Annual statistical returns and brief notes on vaccination in Bengal - 1887-1898
Year: 1887
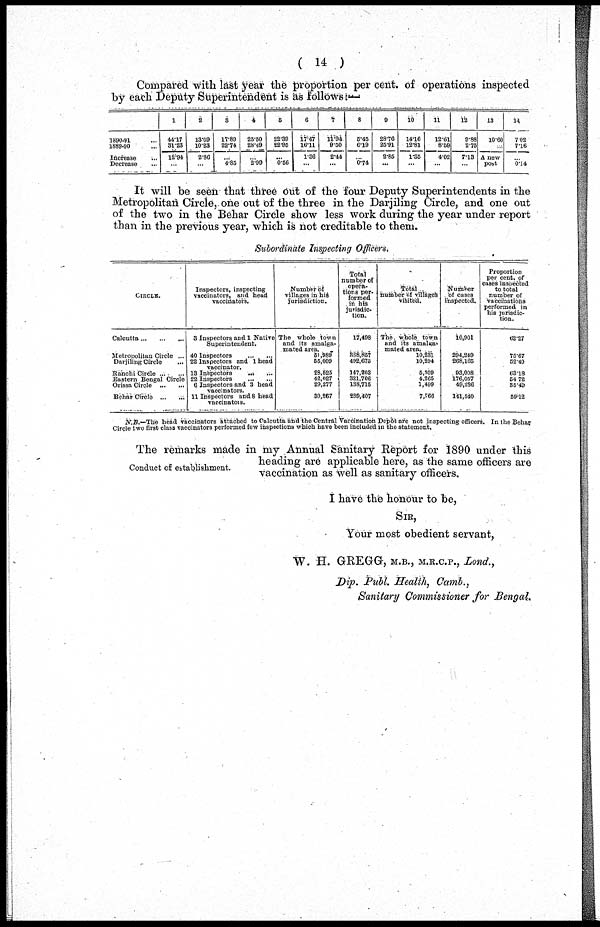
( 14 )
Compared with last year the proportion per cent. of operations inspected
by each Deputy Superintendent is as follows:—
1890-91 ...
1889-90...
Increase
...
Decrease ...
1
44.17
31,23
12.94
...
2
13.09
10.23
2.86
...
3
11.89
22.74
...
4.85
4
85.50
28.49
...
2.99
5
22.39
82.96
...
0.56
6
17.47
16.11
1.36
...
7
11.94
9.50
2.44
...
8
5.45
6.19
...
0.74
9
28.76
25.91
2.85
...
10
14.16
12.81
1.35
...
11
12.61
8.59
4.02
...
12
9.88
2.75
7.13
...
13
10.60
...
A new
post
14
7.02
7.16
...
0.14
It will be seen that three out of the four Deputy Superintendents in the
Metropolitan Circle, one out of the three in the Darjiling Circle, and one out
of the two in the Behar Circle show less work during the year under report
than in the previous year, which is not creditable to them.
Subordinate Inspecting Officers.
CIRCLE.
Calcutta ... ... ...
Metropolitan Circle ...
Darjiling Circle ...
Ranchi Circle ... ...
Eastern Bengal Circle
Orissa Circle
...
...
Behar Circle
...
...
Inspectors, inspecting
vaccinators, and head
vaccinators.
3 Inspectors and 1 Native
Superintendent.
40 Inspectors
...
...
22 Inspectors and 1 head
vaccinator. 13 Inspectors ... ...
22 Inspectors
...
...
6 Inspectors and 3 head
vaccinators.
11 Inspectors and 8 head
vaccinators.
Number of
villages in his
jurisdiction.
The whole town
and its amalga-
mated area.
51,989
55,009
28,525
42,027
29,277
30,257
Total
number of
opera-
tions per-
formed
in his
jurisdic-
tion.
17,498
388,857
492,675
147,203
321,706
138,715
239,407
Total
number of villages
visited.
The whole town
and its amalga-
mated area.
10,231
10,294
5,309
4,265
1,499
7,766
Number
of cases
inspected.
10,901
294,249
268,165
93,008
176,057
49,236
141,540
Proportion
per cent. of
cases inspected
to total
number of
vaccinations
performed in
his jurisdic-
tion.
62.27
75.67
52.40
63.18
54.72
35.49
59.12
N.B.—The head vaccinators attached to Calcutta and the Central Vaccination Depôt are not inspecting officers. In the Behar
Circle two first class vaccinators performed few inspections which have been included in the statement.
Conduct of establishment.
The remarks made in my Annual Sanitary Report for 1890 under this
heading are applicable here, as the same officers are
vaccination as well as sanitary officers.
I have the honour to be,
SIR,
Your most obedient servant,
W. H. GREGG, M.B., M.R.C.P., Lond.,
Dip. Publ. Health, Camb.,
Sanitary Commissioner for Bengal.